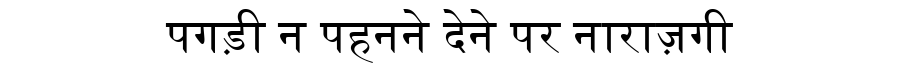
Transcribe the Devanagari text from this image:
पगड़ी न पहनने देने पर नाराज़गी